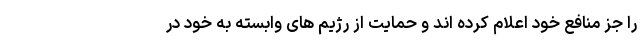
را جز منافع خود اعلام کرده اند و حمایت از رژیم های وابسته به خود در